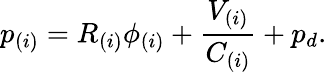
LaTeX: p_{(i)}=R_{(i)}\phi_{(i)}+\frac{V_{(i)}}{C_{(i)}}+p_{d}.